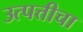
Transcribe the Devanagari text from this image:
उत्पत्तीचा